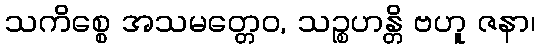
သကိစ္စေ အသမတ္တေဝ, သဉ္စဟန္တိ ဗဟူ ဇနာ၊